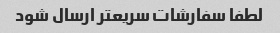
لطفا سفارشات سریعتر ارسال شود